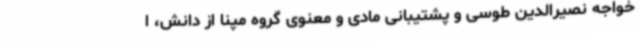
خواجه نصیرالدین طوسی و پشتیبانی مادی و معنوی گروه مپنا از دانش، ا